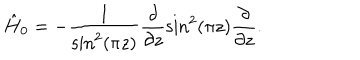
\hat { H } _ { 0 } = - \frac { 1 } { \mathrm { s i n } ^ { 2 } ( \pi z ) } \frac { \partial } { \partial z } \mathrm { s i n } ^ { 2 } ( \pi z ) \frac { \partial } { \partial z } .